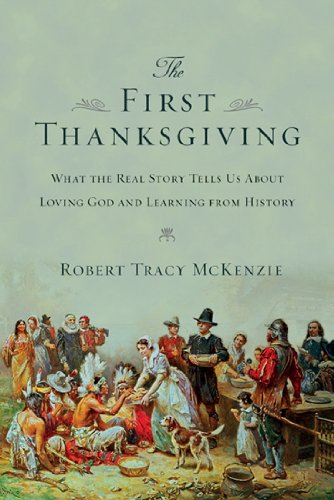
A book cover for The First Thanksgiving: What the Real Story Tells Us About Loving God and Learning from History; Robert Tracy McKenzie; History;